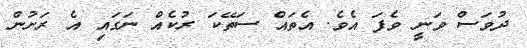
ދުވަސް ވަނީ ވެފަ އެވެ. އެތައް ސަތޭކަ ރުކެއް ނަގައި އެ ރަށުން